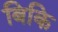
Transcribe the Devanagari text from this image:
बिकि